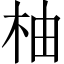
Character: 柚